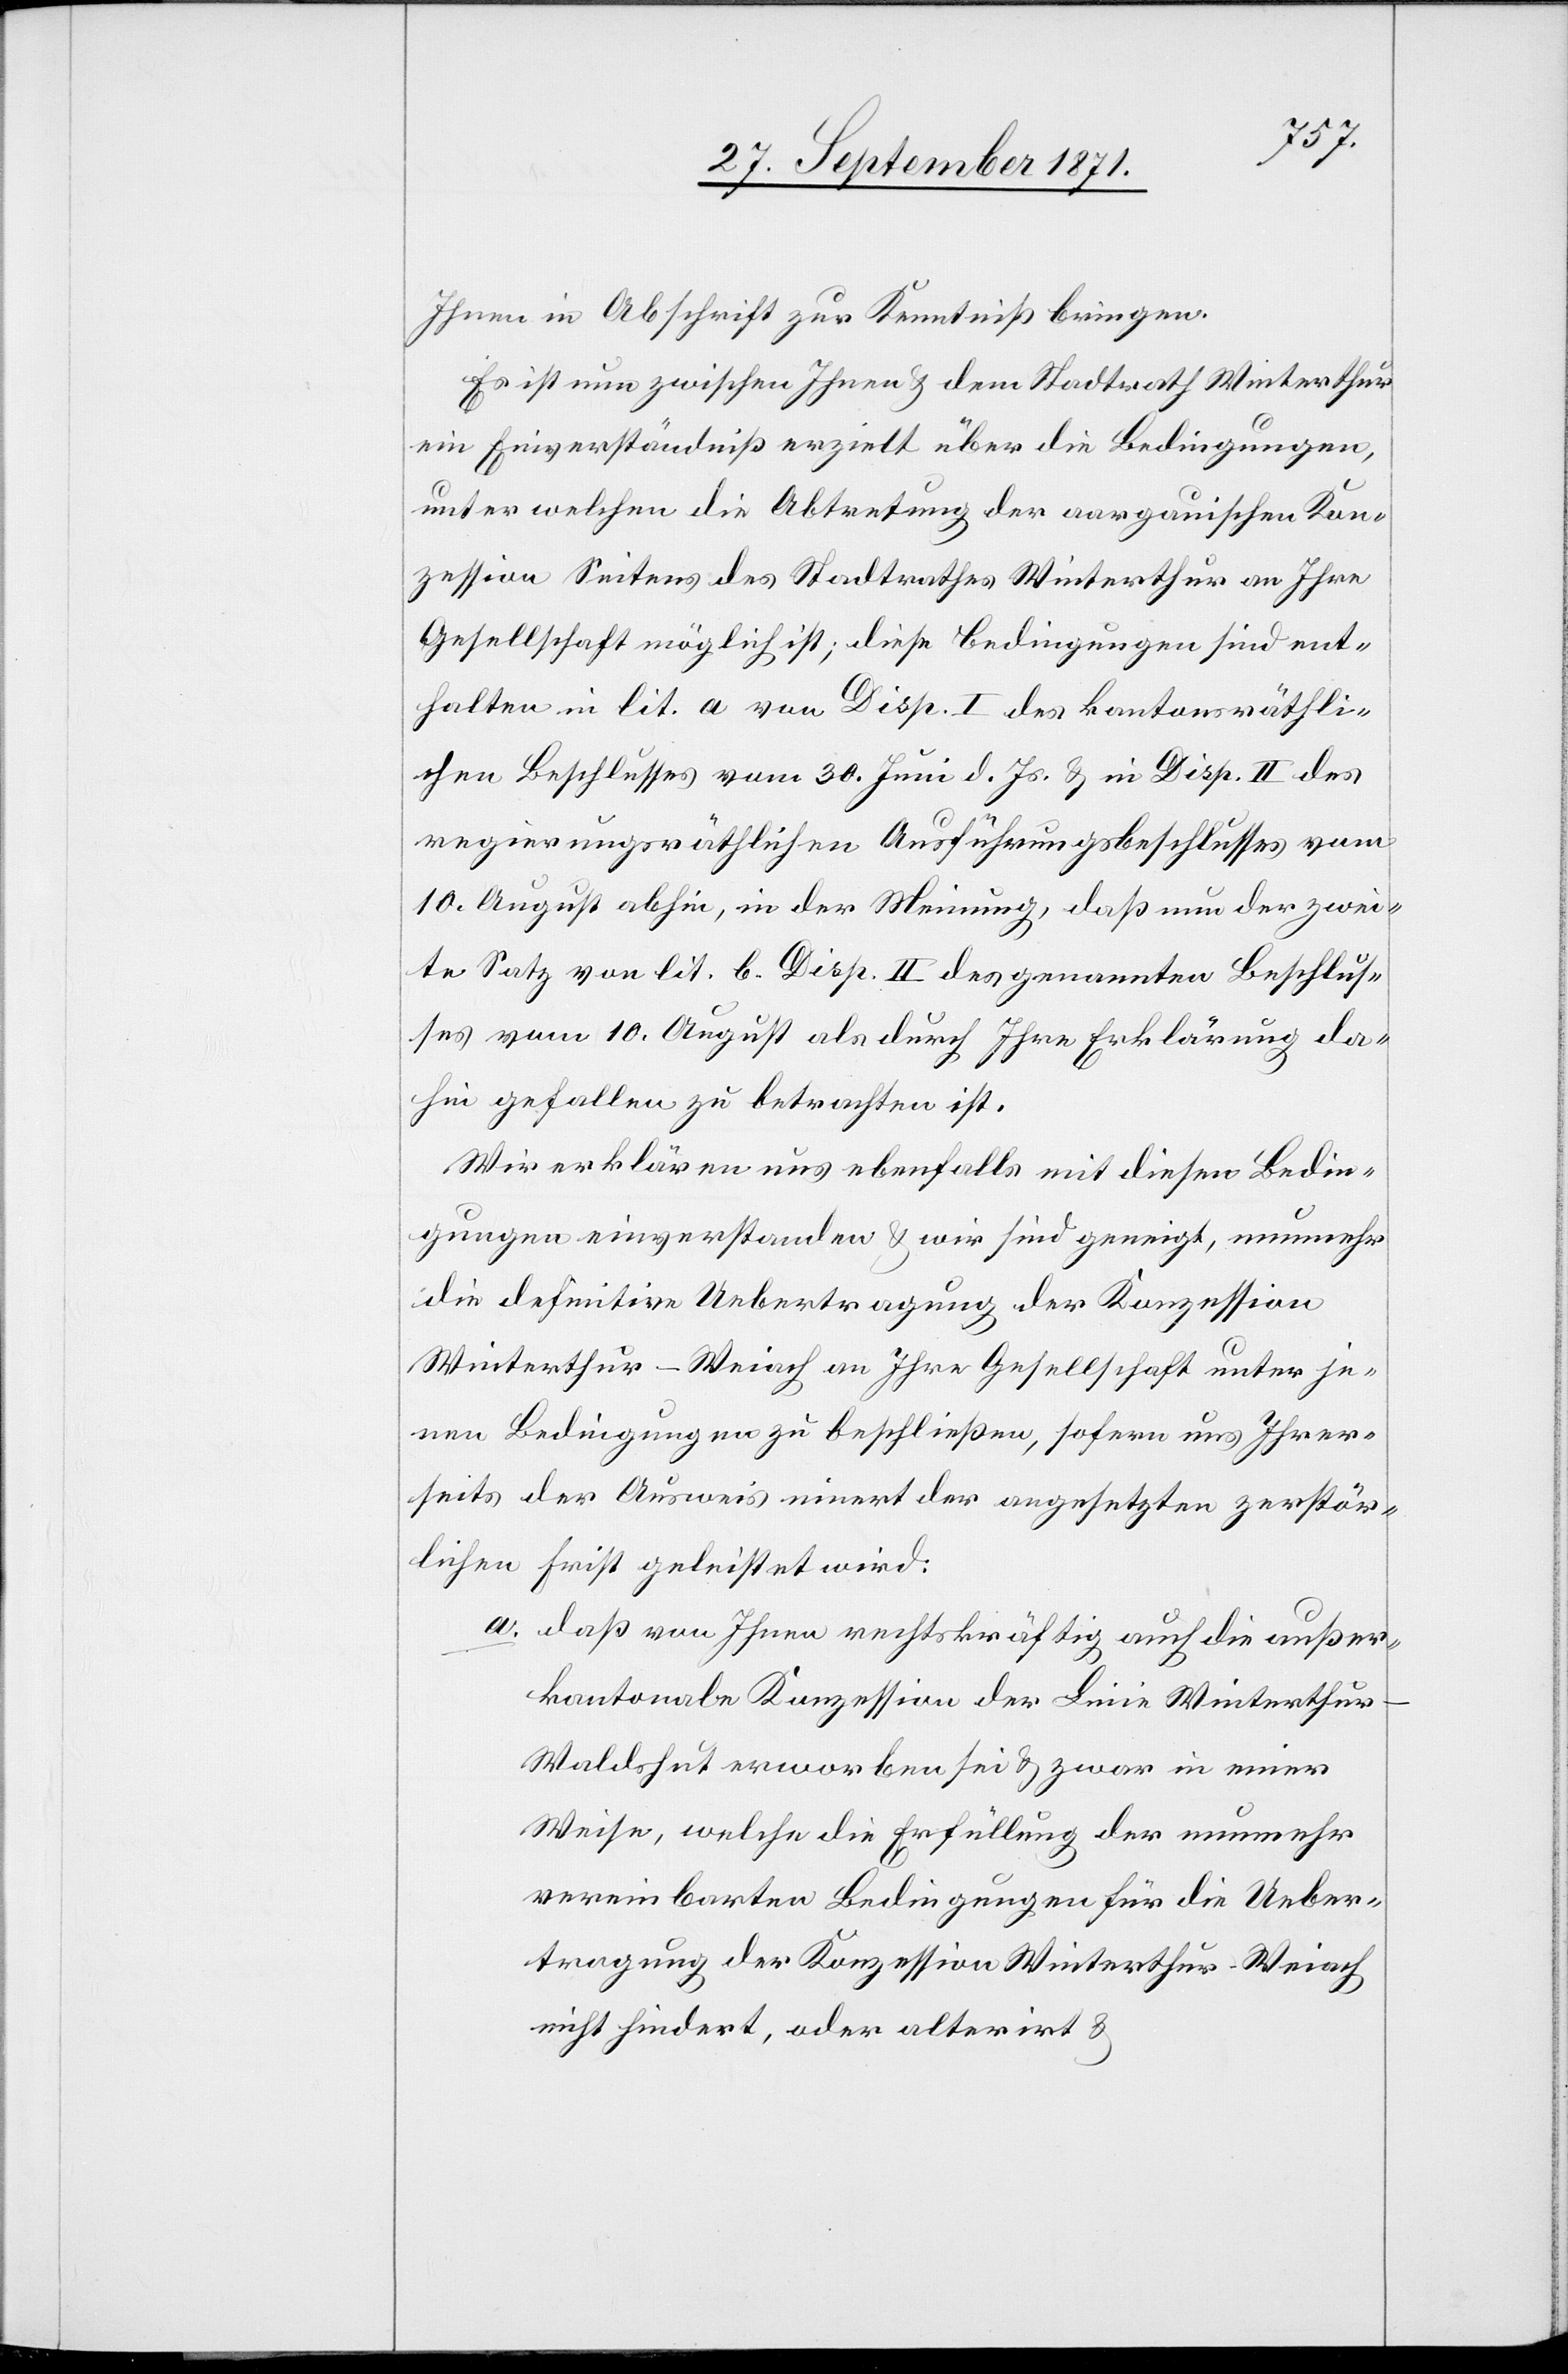
Ihnen in Abschrift zur Kenntniß bringen.
Es ist nun zwischen Ihnen & dem Stadtrath Winterthur
ein Einverständniß erzielt über die Bedingungen
unter welchen die Abtretung der aargauischen Kon¬
zession Seitens des Stadtrathes Winterthur an Ihre
Gesellschaft möglich ist; diese Bedingungen sind ent¬
halten in lit. a von Disp. I des kantonsräthli¬
chen Beschlusses vom 30. Juni d. Js. & in Disp. II des
regierungsräthlichen Ausführungsbeschlusses vom
10. August abhin, in der Meinung, daß nun der zwei¬
te Satz von lit. b. Disp. II des genannten Beschlus¬
ses vom 10. August als durch Ihre Erklärung da¬
hin gefallen zu betrachten ist.
Wir erklären uns ebenfalls mit diesen Bedin¬
gungen einverstanden & wir sind geneigt, nunmehr
die definitive Uebertragung der Konzession
Winterthur–Weiach an Ihre Gesellschaft unter je¬
nen Bedingungen zu beschließen, sofern uns Ihrer¬
seits der Ausweis innert der angesetzten zerstör¬
lichen Frist geleistet wird.
a. daß von Ihnen rechtskräftig auch die außer¬
kantonale Konzession der Linie Winterthur–W¬
aldshut erworben sei & zwar in einer
Weise, welche die Erfüllung der nunmehr
vereinbarten Bedingungen für die Ueber¬
tragung der Konzession Winterthur–Weiach
nicht hindert, oder alterirt &